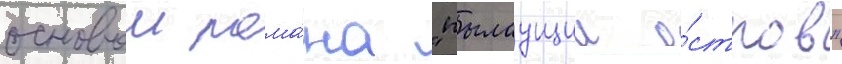
основои рома́на "пылаущии о́стров"